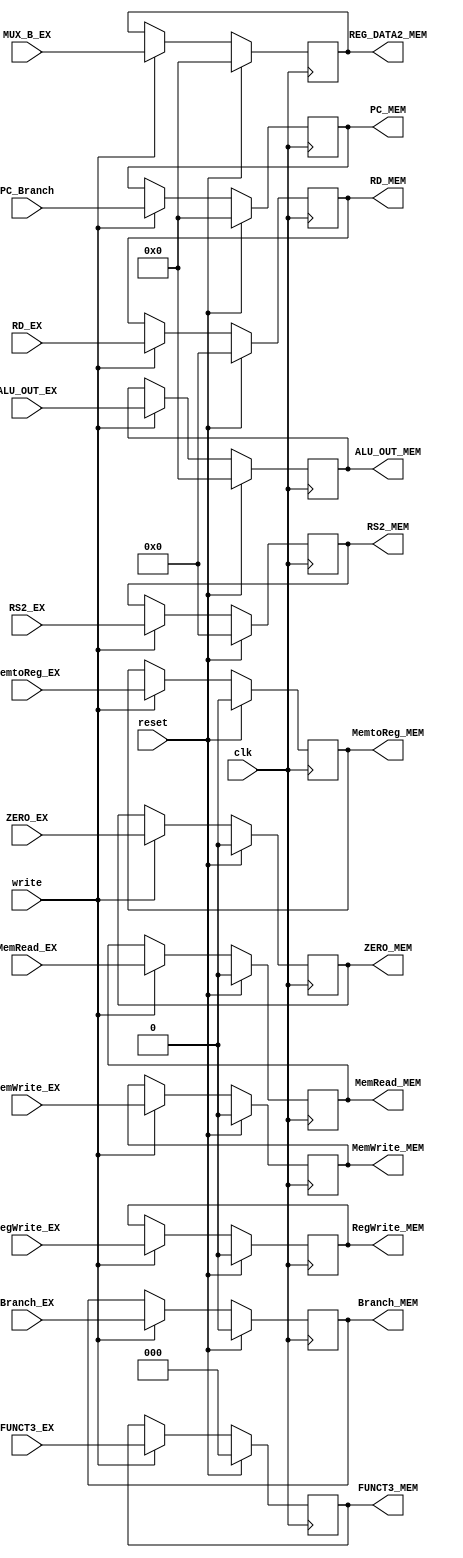
`timescale 1ns / 1ps
//////////////////////////////////////////////////////////////////////////////////
// Company: 
// Engineer: 
// 
// Design Name: 
// Module Name: EX_MEM_reg
// Project Name: 
// Target Devices: 
// Tool Versions: 
// Description: 
// 
// Dependencies: 
// 
// Revision:
// Revision 0.01 - File Created
// Additional Comments:
// 
//////////////////////////////////////////////////////////////////////////////////


module EX_MEM_reg(input clk, reset, write,
                  input RegWrite_EX, MemtoReg_EX, MemRead_EX, MemWrite_EX, Branch_EX,
                  input [31:0] PC_Branch,
                  input [2:0] FUNCT3_EX,
                  input [31:0] ALU_OUT_EX,
                  input ZERO_EX,
                  input [31:0] MUX_B_EX,
                  input [4:0] RS2_EX, RD_EX,
                                  
                  output reg RegWrite_MEM, MemtoReg_MEM, MemRead_MEM, MemWrite_MEM, Branch_MEM,
                  output reg [31:0] PC_MEM,
                  output reg [2:0] FUNCT3_MEM,
                  output reg [31:0] ALU_OUT_MEM,
                  output reg ZERO_MEM,
                  output reg [31:0] REG_DATA2_MEM,
                  output reg [4:0] RS2_MEM, RD_MEM);
                  
    always@(posedge clk) begin
        if (reset == 1) begin
            RegWrite_MEM <= 0;
            MemtoReg_MEM <= 0;
            MemRead_MEM <= 0;
            MemWrite_MEM <= 0;
            Branch_MEM <= 0;
            PC_MEM <= 0;
            FUNCT3_MEM <= 0;
            ALU_OUT_MEM <= 0;
            ZERO_MEM <= 0;
            REG_DATA2_MEM <= 0;
            RS2_MEM <= 0;
            RD_MEM <= 0;
        end else begin
            if (write == 1) begin
                RegWrite_MEM <= RegWrite_EX;
                MemtoReg_MEM <= MemtoReg_EX;
                MemRead_MEM <= MemRead_EX;
                MemWrite_MEM <= MemWrite_EX;
                Branch_MEM <= Branch_EX;
                PC_MEM <= PC_Branch;
                FUNCT3_MEM <= FUNCT3_EX;
                ALU_OUT_MEM <= ALU_OUT_EX;
                ZERO_MEM <= ZERO_EX;
                REG_DATA2_MEM <= MUX_B_EX;
                RS2_MEM <= RS2_EX;
                RD_MEM <= RD_EX;
            end
        end
    end
                  
endmodule